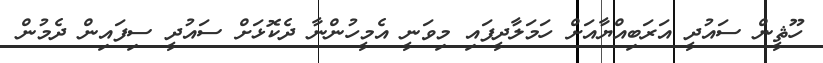
ހޫޘީން ސައުދީ އަރަބިއްޔާއަށް ހަމަލާދީފައި މިވަނީ އެމީހުންނާ ދެކޮޅަށް ސައުދީ ސިފައިން ދެމުން